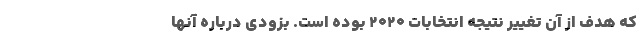
که هدف از آن تغییر نتیجه انتخابات ۲۰۲۰ بوده است. بزودی درباره آنها